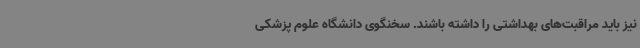
نیز باید مراقبت‌های بهداشتی را داشته باشند. سخنگوی دانشگاه علوم پزشکی